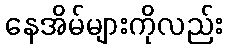
နေအိမ်များကိုလည်း